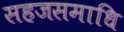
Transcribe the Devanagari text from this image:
सहजसमाधि